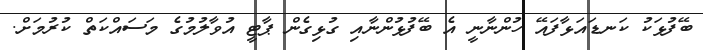
ބޭފުޅަކު ކަނޑައަޅާފައޭ ހުންނާނީ އެ ބޭފުޅުންނާއި ގުޅިގެން ޕާޓީ އުވާލުމުގެ މަސައްކަތް ކުރުމަށް.